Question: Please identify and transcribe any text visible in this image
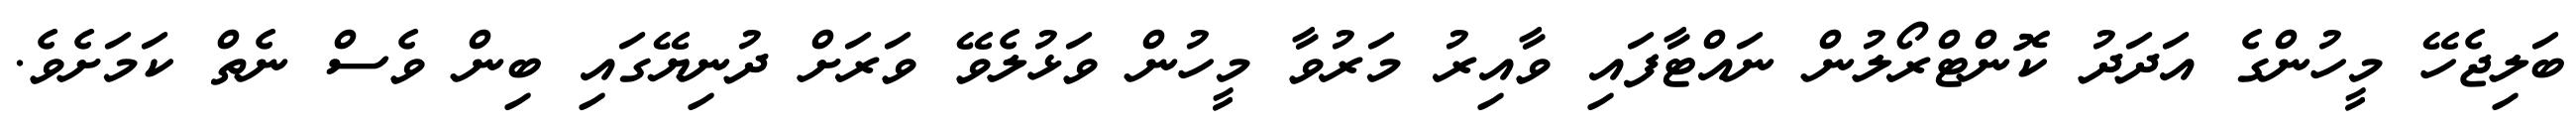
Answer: ބަލިޖެހޭ މީހުންގެ އަދަދު ކޮންޓްރޯލުން ނައްޓާފައި ވާއިރު މަރުވާ މީހުން ވަޅުލެވޭ ވަރަށް ދުނިޔޭގައި ބިން ވެސް ނެތް ކަމަށެވެ.